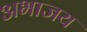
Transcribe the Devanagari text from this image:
अभाजय